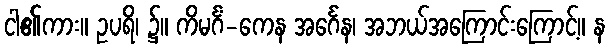
ငါ၏ကား။ ဥပရိ၊ ၌။ ကိမင်္ဂံ-ကေန အင်္ဂေန၊ အဘယ်အကြောင်းကြောင့်။ န